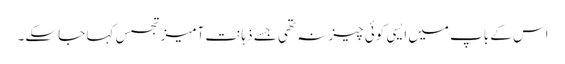
اس کے باپ میں ایسی کوئی چیز نہ تھی جسے ذہانت آمیزتجسس کہا جا سکے۔